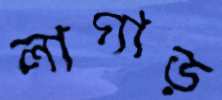
লাগাড়